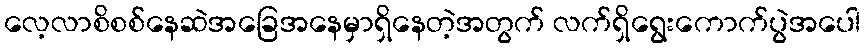
လေ့လာစိစစ်နေဆဲအခြေအနေမှာရှိနေတဲ့အတွက် လက်ရှိရွေးကောက်ပွဲအပေါ